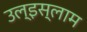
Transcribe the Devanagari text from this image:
उल्‌इस्लाम